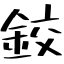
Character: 鉸